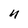
Character: n